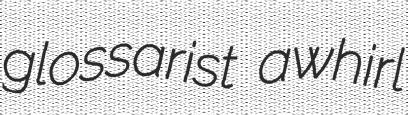
glossarist awhirl